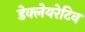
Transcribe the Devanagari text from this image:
डेक्लेयरेटिव